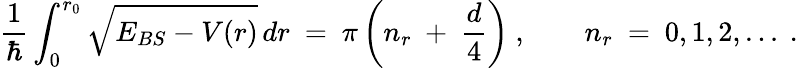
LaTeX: \frac{1}{\hbar}\int_{0}^{r_{0}}\sqrt{E_{BS}-V(r)}\, dr\ =\ \pi\left(n_{r}\ +\ \frac{d}{4}\right)\ ,\qquad n_{r}\ =\ 0,1,2,...\ .